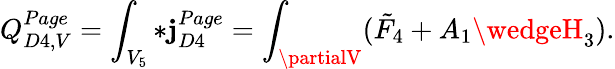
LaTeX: Q_{D4,V}^{Page}=\int_{V_{5}}*\mathbf{j}_{D4}^{Page}=\int_{\partialV}(\tilde{{F}}_{4}+A_{1}\wedgeH_{3}).